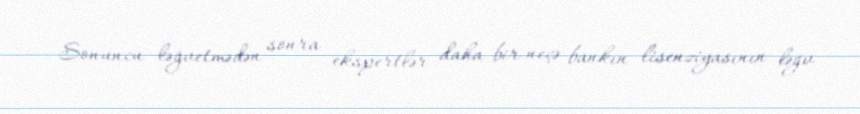
Sonuncu ləğvetmədən sonra ekspertlər daha bir neçə bankın lisenziyasının ləğv